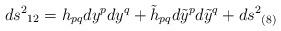
LaTeX: \begin{align*}ds^2{}_{12}=h_{pq}dy^pdy^q + \tilde{h}_{pq}d\tilde{y}^pd\tilde{y}^q + ds^2{}_{(8)}\end{align*}